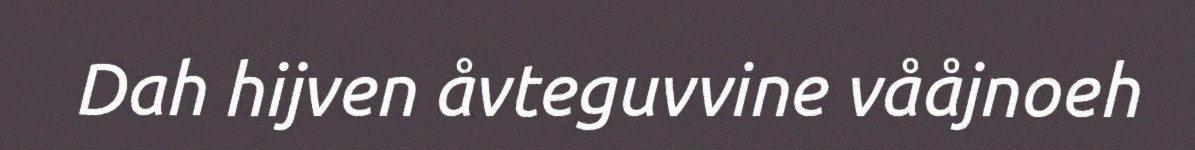
Dah hijven åvteguvvine vååjnoeh